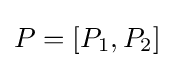
P=[P_{1},P_{2}]